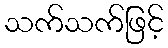
သက်သက်ဖြင့်